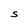
Character: S